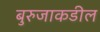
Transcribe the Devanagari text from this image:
बुरुजाकडील